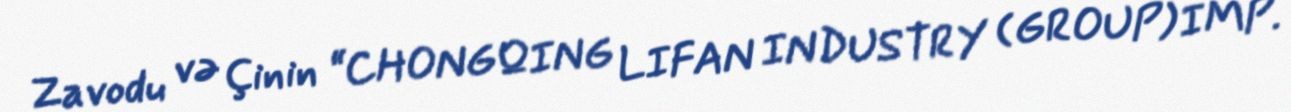
Zavodu və Çinin “CHONGQING LIFAN INDUSTRY (GROUP) IMP.